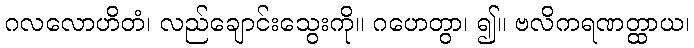
ဂလလောဟိတံ၊ လည်ချောင်းသွေးကို။ ဂဟေတွာ၊ ၍။ ဗလိကရဏတ္ထာယ၊